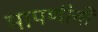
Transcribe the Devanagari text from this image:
मापणीची